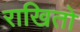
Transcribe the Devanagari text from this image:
राखितो